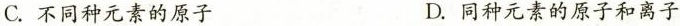
C.不同种元素的原子 D.同种元素的原子和离子